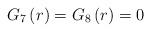
LaTeX: \begin{align*}G_{7}\left(r\right)=G_{8}\left(r\right)=0\end{align*}